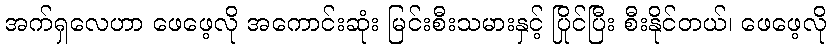
အက်ရှလေဟာ ဖေဖေ့လို အကောင်းဆုံး မြင်းစီးသမားနှင့် ပြိုင်ပြီး စီးနိုင်တယ်၊ ဖေဖေ့လို